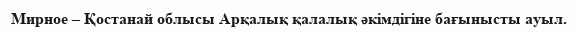
Мирное – Қостанай облысы Арқалық қалалық әкімдігіне бағынысты ауыл.